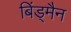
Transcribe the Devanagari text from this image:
बिंड्मैन